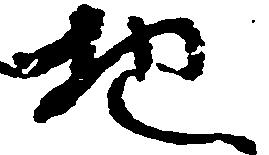
地